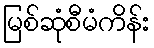
မြစ်ဆုံစီမံကိန်း